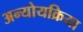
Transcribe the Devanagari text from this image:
अन्योयक्रिया